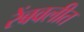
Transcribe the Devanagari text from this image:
रेंबवलीत